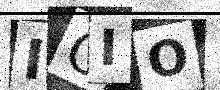
Text: IOIO